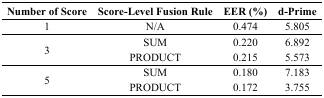
| Number of Score | Score-Level Fusion Rule | EER (%) | d-Prime |
 | --- | --- | --- | --- |
 | 1 | N/A | 0.474 | 5.805 |
 | <ROWSPAN=2> 3 | SUM | 0.220 | 6.892 |
 | PRODUCT | 0.215 | 5.573 |
 | <ROWSPAN=2> 5 | SUM | 0.180 | 7.183 |
 | PRODUCT | 0.172 | 3.755 |